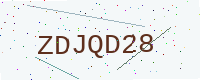
Text: ZDJQD28